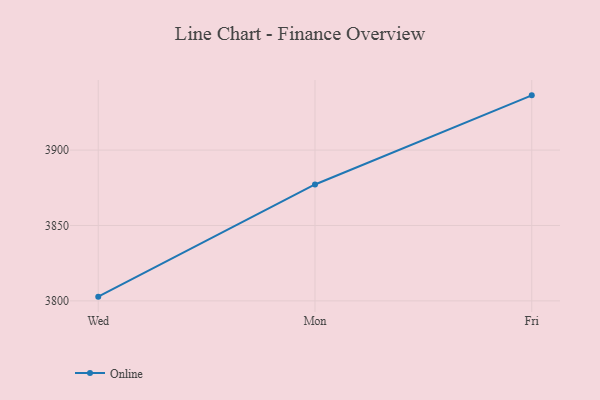
{"axis": {"x": "Day", "y": "Customer Acquisition Cost (USD)"}, "legend": ["Online"], "data": [{"x": "Wed", "y": 3802.8, "type": "Online"}, {"x": "Mon", "y": 3877.2, "type": "Online"}, {"x": "Fri", "y": 3936.3, "type": "Online"}]}